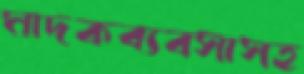
মাদকব্যবসাসহ